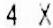
4 X